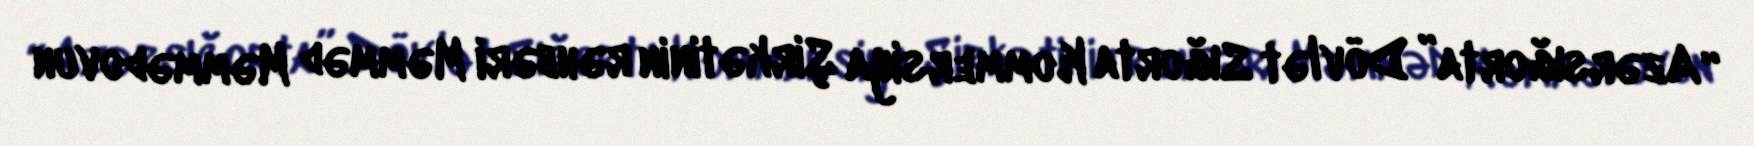
“Azərsığorta” Dövlət Sığorta Kommersiya Şirkətinin rəhbəri Məmməd Məmmədovun